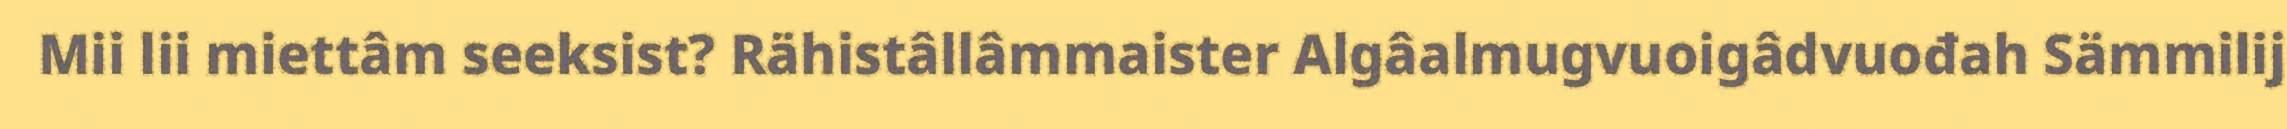
Mii lii miettâm seeksist? Rähistâllâmmaister Algâalmugvuoigâdvuođah Sämmilij